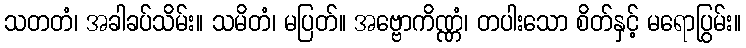
သတတံ၊ အခါခပ်သိမ်း။ သမိတံ၊ မပြတ်။ အဗ္ဗောကိဏ္ဏံ၊ တပါးသော စိတ်နှင့် မရောပြွမ်း။